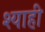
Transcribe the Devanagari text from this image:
श्याही